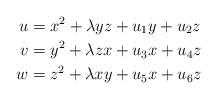
LaTeX: \begin{align*}u & = x^2 + \lambda yz + u_1 y +u_2z\\v & = y^2 + \lambda zx + u_3 x + u_4 z\\w & = z^2 + \lambda xy + u_5x + u_6z\end{align*}